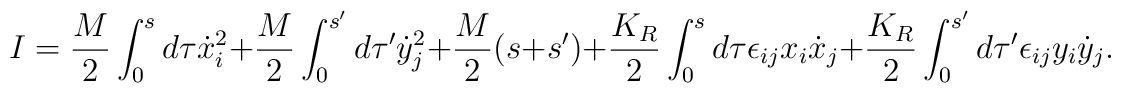
I=\frac{M}{2}\int_0^{s}d\tau \dot{x}_i^2+\frac{M}{2}\int_0^{s'}d\tau '\dot{y}_j^2+\frac{M}{2}(s+s')+\frac{K_R}{2}\int_0^s d\tau \epsilon_{ij}x_i\dot{x}_j+\frac{K_R}{2}\int_0^{s'} d\tau ' \epsilon_{ij}y_i\dot{y}_j.